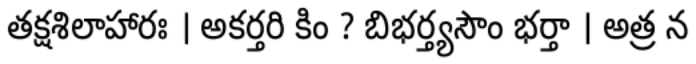
తక్షశిలాహారః । అకర్తరి కిం ? బిభర్త్యసౌం భర్తా । అత్ర న